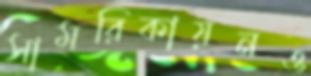
সামরিকায়নও